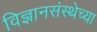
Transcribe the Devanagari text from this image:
विज्ञानसंस्थेच्या